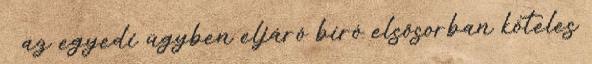
az egyedi ügyben eljáró bíró elsősorban köteles